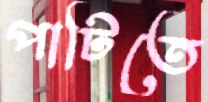
পাটিতে